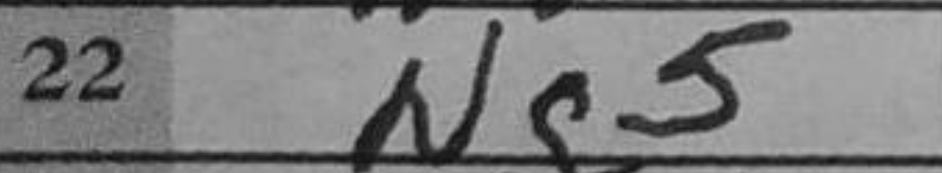
Transcription: Ng5